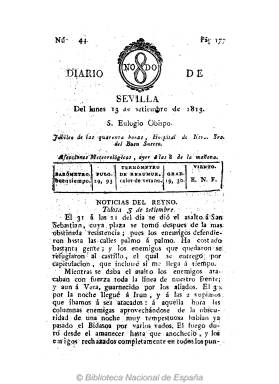
Título: Diario de Sevilla (Sevilla. 1813)
Colección: Periódicos anteriores a 1850
Ámbito geográfico: Sevilla
Lugar de publicación: Sevilla
Fechas: 13/09/1813-29/12/1813

La primera entrega de este título en la colección de la Biblioteca Nacional de España es el número 44, correspondiente al 13 de septiembre de 1813, con la foliación 177 a 180, por lo que sigue completamente la secuencia reiniciada el uno de agosto de 1813 por Diario del Gobierno de Sevilla que, tras abandonar las tropas napoleónicas esta ciudad, había comenzado a publicarse el diez de septiembre de 1812, como periódico oficial y noticioso de las autoridades de la ciudad. Por tanto este Diario de Sevilla se considera continuación de Diario del Gobierno de Sevilla, sin que sepamos en qué momento redujo su título. Su estampación es también la misma, pues sigue saliendo de la Imprenta de la calle Vizcaynos, a cargo de Anastasio López, en entregas de cuatro páginas, compuestas a una columna, y manteniendo la misma estructura formal que su antecesor.

Con este título reducido no aparece descrito ni en la obra de Aznar y Gómez (1889), ni en las de Chaves Rey (1896), Gómez Ímaz (1910) y Arco (1914). Gil Novales (2009) si lo describe ya, pero tomando como referencia el Índice bibliográfico de la Colección documental del Fraile, de Ana María Freire López (2008), que incluye –entre otras series- la que va de los números 91 a 151, desde el uno de noviembre al 31 de diciembre de 1813, y páginas 365 a 608, respectivamente. Sin embargo, el 149, de 29 de diciembre, es el último número en la colección de la Biblioteca Nacional de España, siendo la 600 su última página foliada. También se conoce un suplemento del 30 de noviembre con el título Diario sevillano, que pudiera pertenecer también a esta colección.

Este Diario de Sevilla, al igual que previamente Diario del Gobierno de Sevilla, mantiene el mismo tipo de cabecera, es decir, su título partido por el mismo escudo con el emblema de la ciudad hispalense: las siglas NODO separadas por una madeja en forma de 8. También es igual la forma de indicar a continuación de cada entrega el santo del día, el jubileo y las afecciones meteorológicas. Sus contenidos siguen asimismo las mismas pautas de elaboración y presentación, con reseñas y noticias de los acontecimientos bélicos y políticos de la guerra napoleónica, tanto en España como en el resto de Europa, tomando como fuente otros periódicos o procedentes de correspondencias o cartas particulares. Todas estas noticias van datadas y bajo epígrafes como Noticias del Reyno, Noticias de España o Noticias del Extrangero, y a veces con los nombres de las ciudades o de los países (Portugal, Gran Bretaña, Alemania o Francia). Publica también algunos artículos de opinión procedente de su correspondencia, o la sección Cortes, y mantiene secciones de noticias locales, como Capitanía del Puerto (embarcaciones), Real Alhóndiga (precios de granos y otros productos agrícolas y de alimentación, como las carnes), Anuncios (ventas, empleos de nodrizas, etc.) y Teatro. A veces no aparece el pie de imprenta, pero ello debió ser por faltarle espacio de composición al final de su cuarta página.